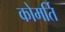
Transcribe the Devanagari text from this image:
कोमर्ति